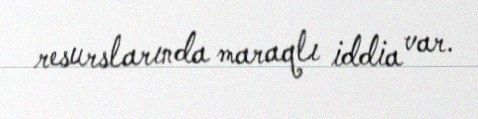
resurslarında maraqlı iddia var.